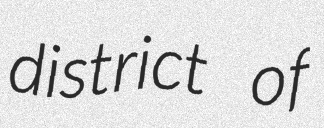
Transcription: district of